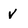
Character: V